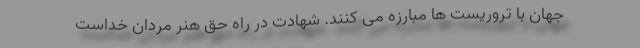
جهان با تروریست ها مبارزه می کنند. شهادت در راه حق هنر مردان خداست